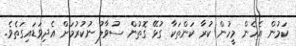
ކަމުން އެހެން މީހުން ކުރާ ކަންތަކާ ގުޅޭ ގޮތުން ސުވާލު ނުކުރުމަށް އެދިވަޑައިގަތެވެ.